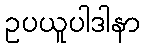
ဥပယူပါဒါနာ